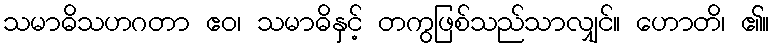
သမာဓိသဟဂတာ ဧဝ၊ သမာဓိနှင့် တကွဖြစ်သည်သာလျှင်။ ဟောတိ၊ ၏။